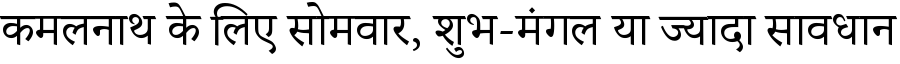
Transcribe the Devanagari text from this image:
कमलनाथ के लिए सोमवार, शुभ-मंगल या ज्यादा सावधान